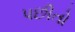
પછીતો